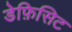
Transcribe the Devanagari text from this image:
डेफ़िसिट